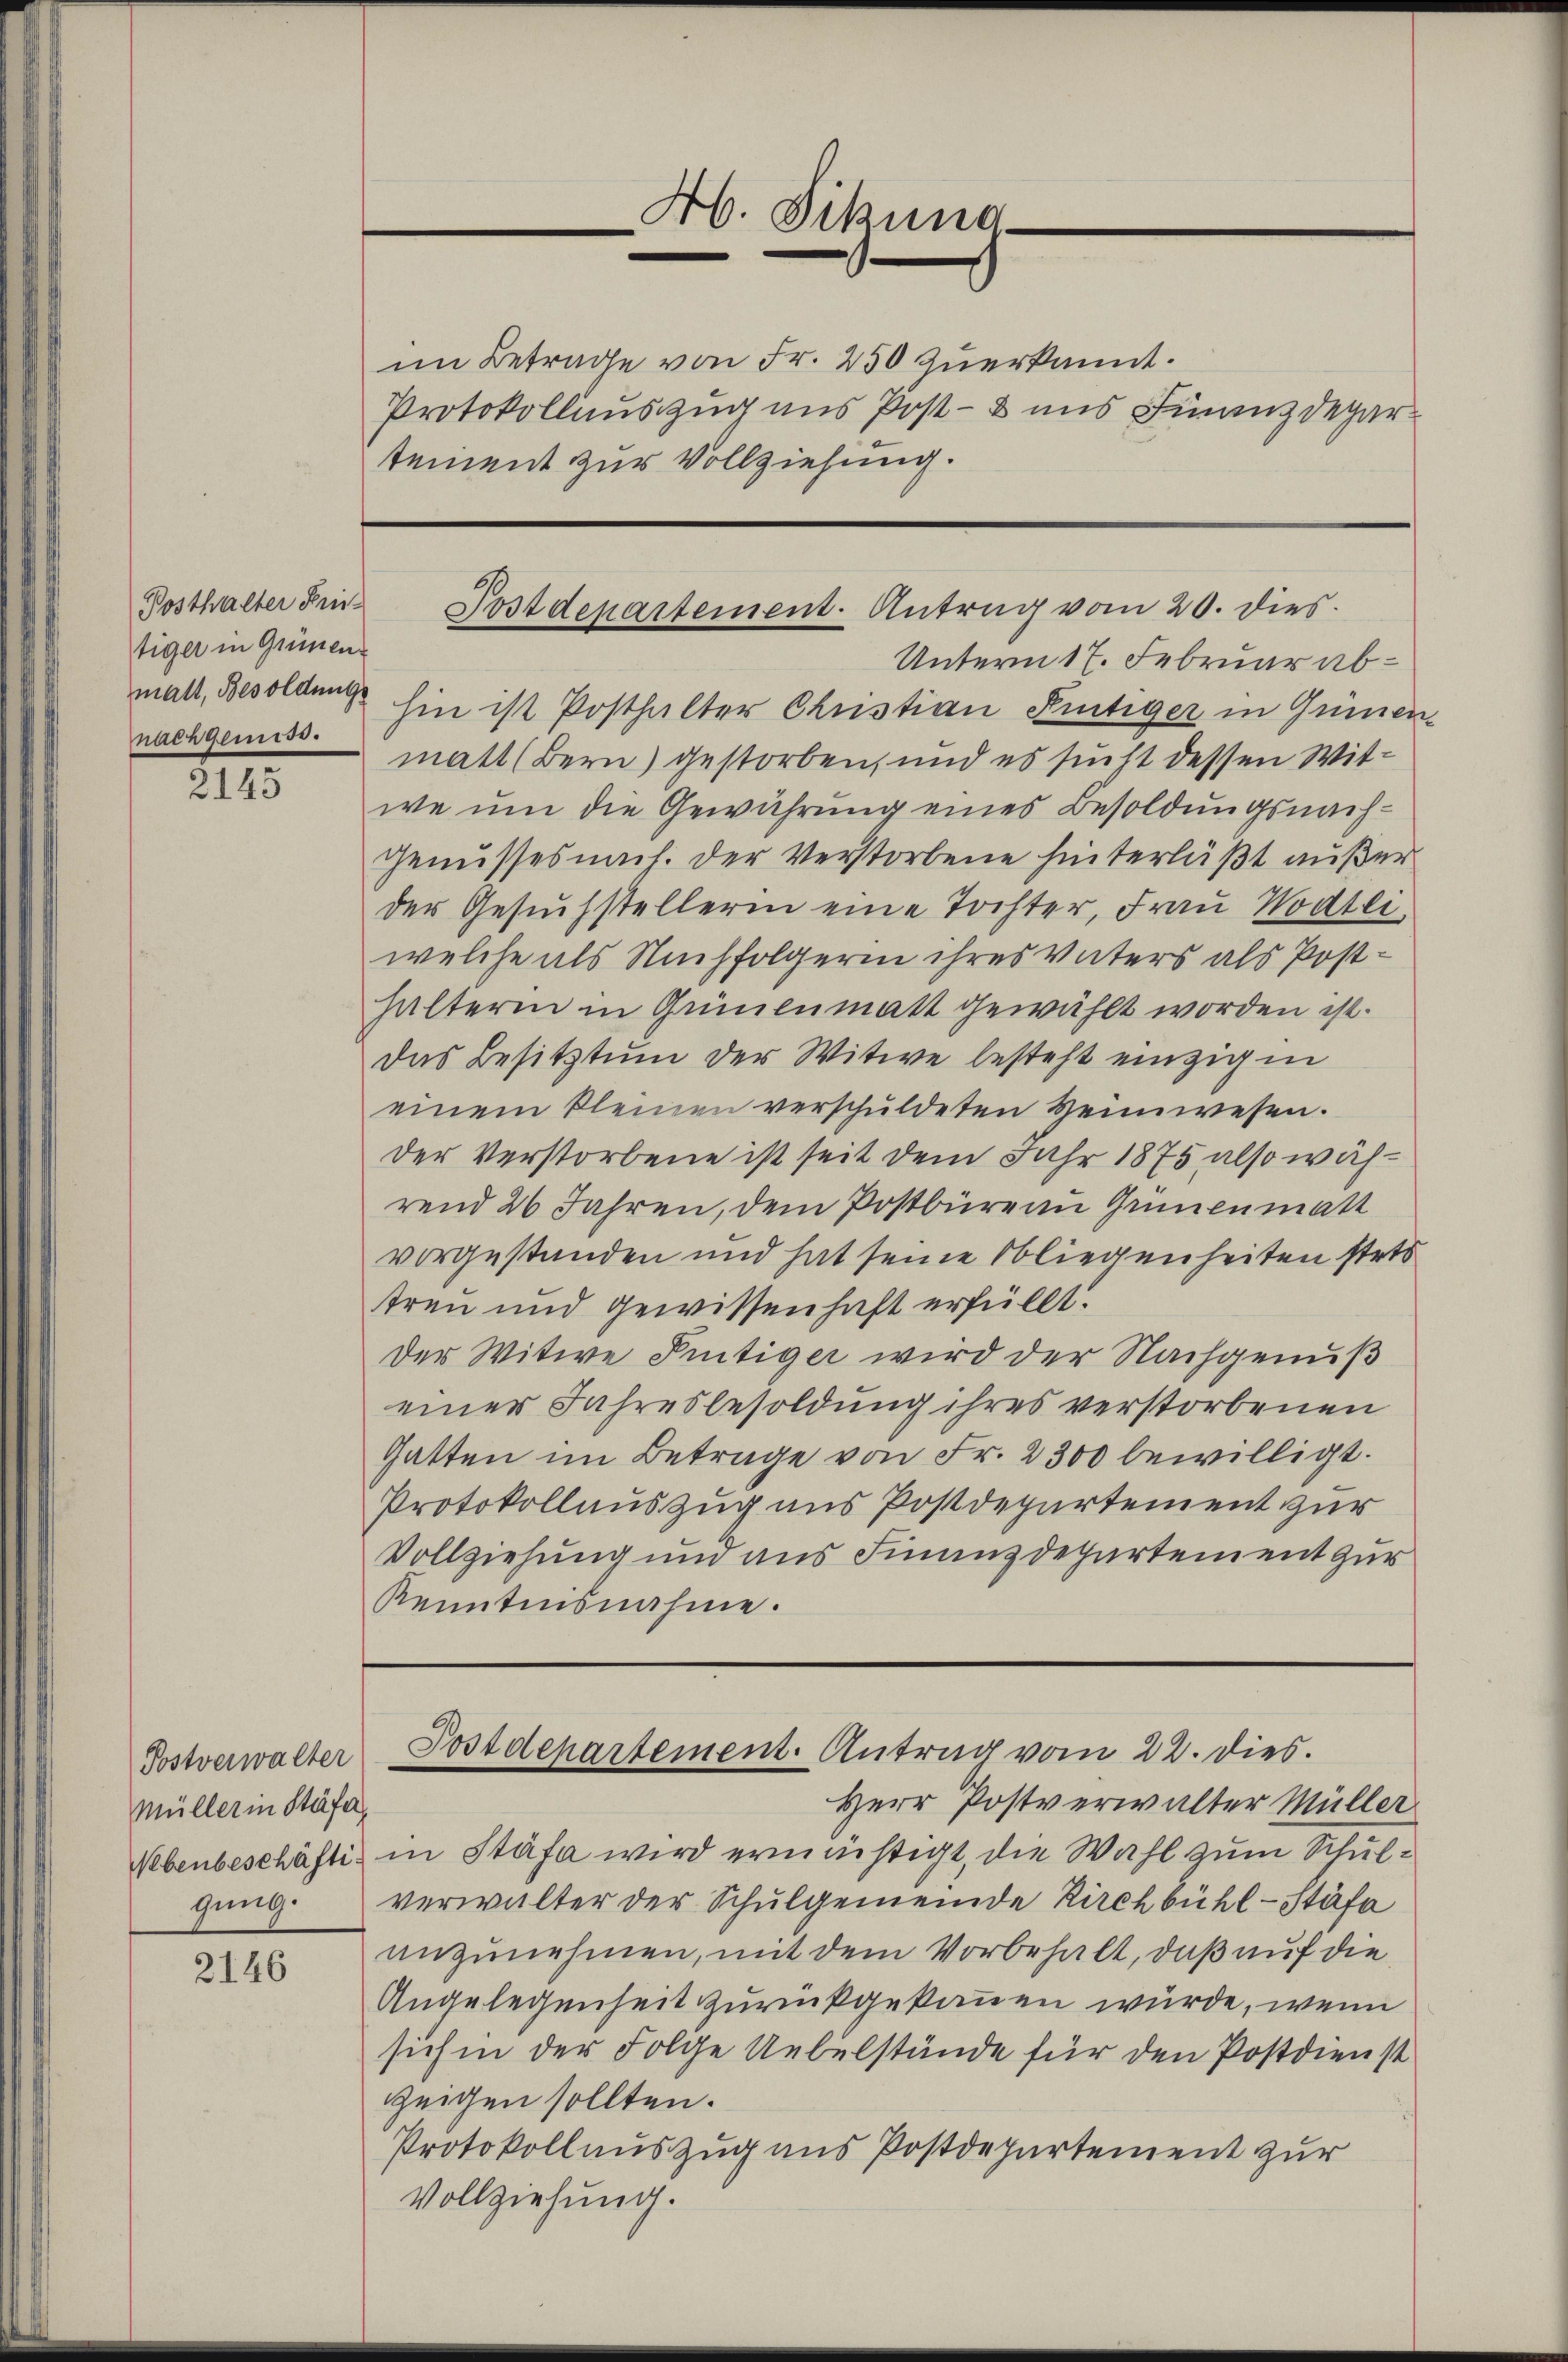
Posthalter Hei
tiger in Grenz
nachgemess.

2143

2146

Postverwalter
Müller in Stäfa,
gung.

im Betrage von Fr. 250 zuerkannt.
Protokollauszug aus Post- & uns Finanzdepartement zur Vollziehung.

Ab. Sitzung

mal, Besoldung hin ist Posthalter Christian Kentiger in Gümen
matt (Bern) gestorben, und es sucht dessen Witwe um die Gewährung eines Besoldungsnach¬
Genusses nach. der Verstorbene hinterläßt außer
der Gesuchstellerin eine Tochter, Frau Wodtli
welche als Nachfolgerin ihres Vaters als Posthalterin in Grünenmatt gewählt worden ist.
das Besitztum der Witwe besteht einzigen
einem kleinen verschuldeten Heimwesen.
der Verstorbene ist seit dem Jahr 1875 also während 26 Jahren, dem Postbüreau Grünenmatt
vorgestanden und hat seine Obliegenheiten stets
treu und gewissenhaft erfüllt.
Der Witwe Pietiger wird der Nachgenuß
einer Jahresbesoldung ihres verstorbenen
Gatten im Betrage von Fr. 2300 bewilligt.
Protokollauszug aus Postdepartement zur
Vollziehung und aus Finanzdepartement zur
Kenntnisnahme.

Postdepartement. Antrag vom 20. dies
Unterm 17. Februar ab¬

Postdepartement. Antrag vom 22. dies.

Herr Postverwalter Müller
Nebenbeschäftig in Stäfa wird erminstigt, die Wahl zum Schulverwalter der Schulgemeinde Kirchbühl-Stäfa
anzunehmen, mit dem Vorbehalt, daß auf die
Angelegenheit zurückgekommen wurde, wenn
sich in der Folge Uebelstände für den Postdienst
zeigen sollten.
Protokollauszug aus Postdepartement zur
Vollziehung.